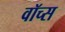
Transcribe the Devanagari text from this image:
वॉच्स